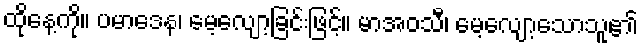
ထိုနေ့ကို။ ပမာဒေန၊ မေ့လျော့ခြင်းဖြင့်။ မာအဝသီ၊ မေ့လျော့သောသူ၏